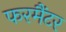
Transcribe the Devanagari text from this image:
फरमैंटर